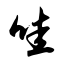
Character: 哇